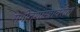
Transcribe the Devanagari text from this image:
संगीतशास्त्रावरील